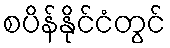
စပိန်နိုင်ငံတွင်